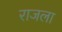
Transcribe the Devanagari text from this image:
राजला